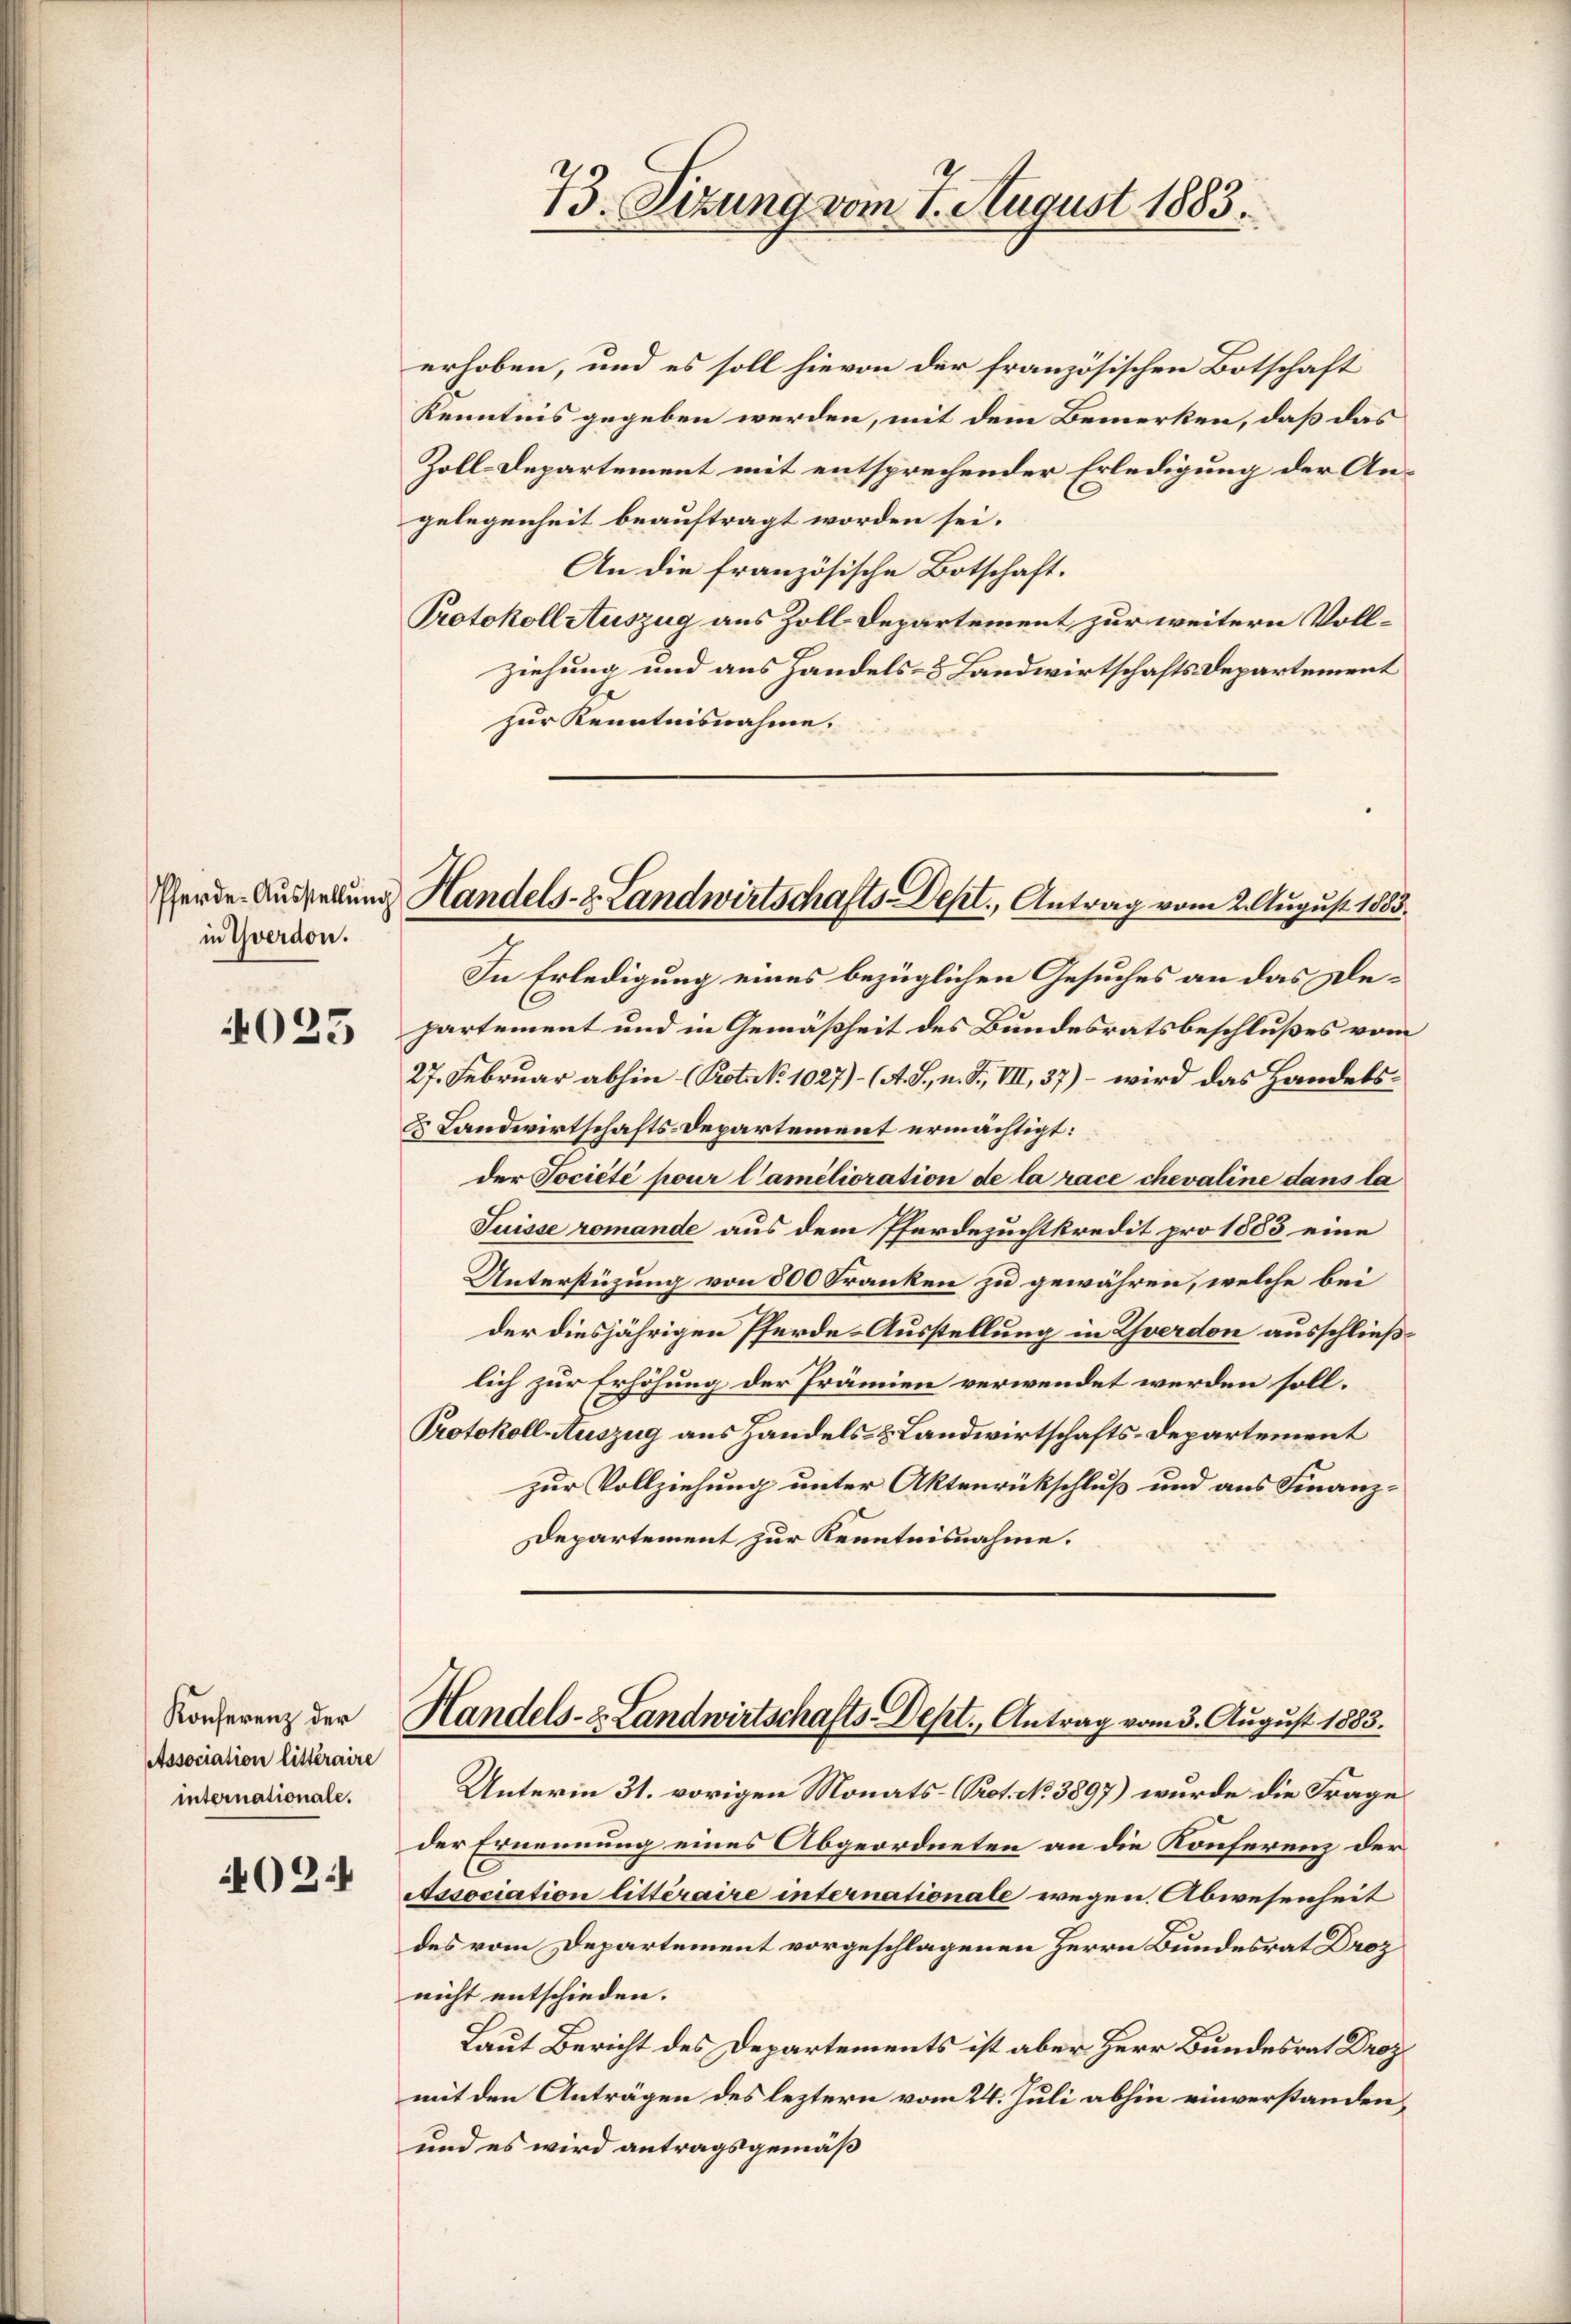
in Yverdon.

4025

Konferenz der
Association litteraire
internationale.

02.

erhoben, und es soll hievon der französischen Botschaft
Kenntnis gegeben werden, mit dem Bemerken, daß das
Zoll-Departement mit entsprechender Erledigung der Angelegenheit beauftragt worden sei.
An die französische Botschaft.
Protokollstuszug aus Zoll-Departement zur weitern Vollziehung und aus Handels- & Landwirtschafts-Departement
zur Kenntnisnahme.

Herde. Austellung Handels- & Landwirtschafts-Dept., Antrag vom 2. August 1883.

73. Sizung vom 7. August 1883.

In Erledigung eines bezüglichen Gesuches an das Departement und in Gemäßheit des Bundesratsbeschlußes vom
27. Februar abhin (Prot. No 1027)- (A. S., n. F. VII, 37) – wird das Handels¬
& Landwirtschafts-Departement ermächtigt:
der Société pour l’amélioration de la race chevaline dans la
Suisse romande aus dem Pferdezuchtkredit pro 1883 eine
Unterstüzung von 500 Franken zu gewähren, welche bei
der diesjährigen Pferde-Ausstellung in Zverdon ausschließlich zur Erhöhung der Prämien verwendet werden soll.
Protokoll Auszug aus Handels- & Landwirtschafts-Departement
zur Vollziehung unter Aktenrückschluß und aus Finanz¬
Departement zur Kenntnisnahme.

Handels- u. Landwirtschafts-Dept., Antrag vom 3. August 1883.

Unterm 31. vorigen Monats-Prot. No 3897) wurde die Frage
der Ernennung eines Abgeordneten an die Konferenz der
t
Association litteraire internationale wegen Abwesenheit
des vom Departement vorgeschlagenen Herrn Bundesrat Droz
nicht entschieden.
Laut Bericht des Departements ist aber Herr Bundesrat Droz
mit den Anträgen des leztern vom 24. Juli abhin einverstanden,
und es wird antragsgemäß